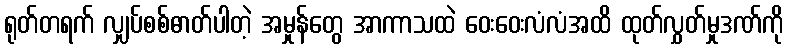
ရုတ်တရက် လျှပ်စစ်ဓာတ်ပါတဲ့ အမှုန်တွေ အာကာသထဲ ဝေးဝေးလံလံအထိ ထုတ်လွှတ်မှုဒဏ်ကို